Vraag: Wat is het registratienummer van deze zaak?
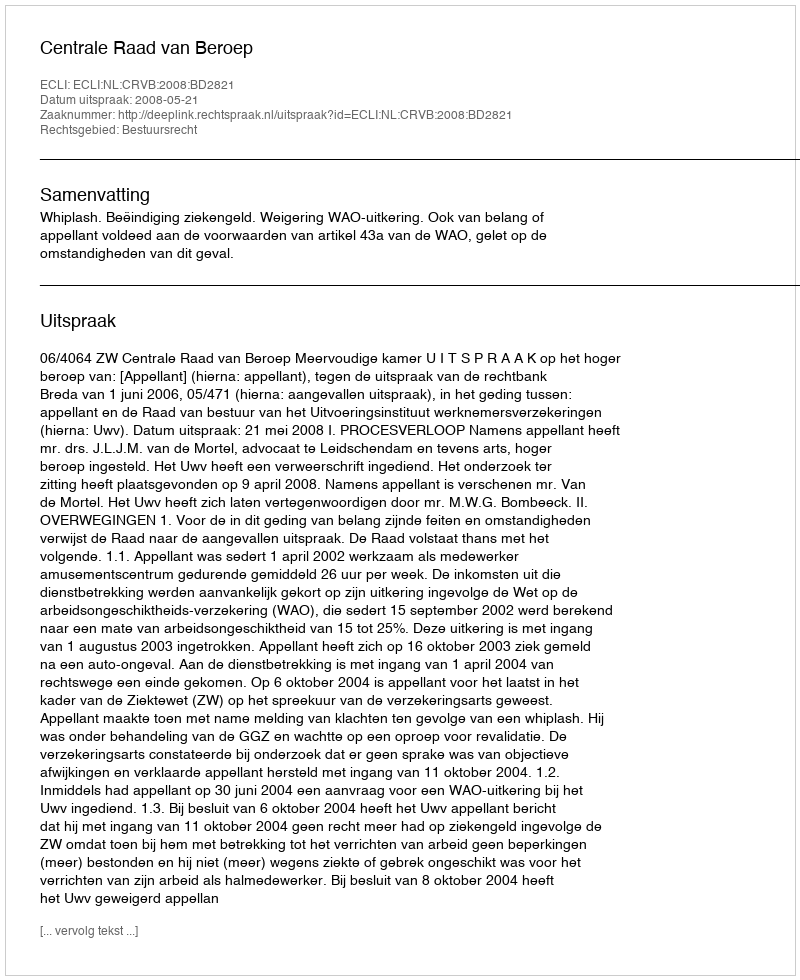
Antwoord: http://deeplink.rechtspraak.nl/uitspraak?id=ECLI:NL:CRVB:2008:BD2821